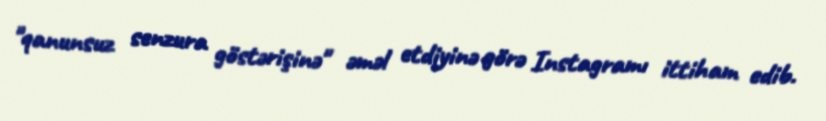
"qanunsuz senzura göstərişinə" əməl etdiyinə görə Instagramı ittiham edib.